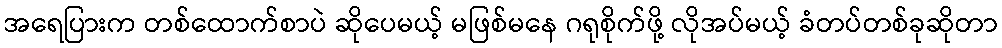
အရေပြားက တစ်ထောက်စာပဲ ဆိုပေမယ့် မဖြစ်မနေ ဂရုစိုက်ဖို့ လိုအပ်မယ့် ခံတပ်တစ်ခုဆိုတာ